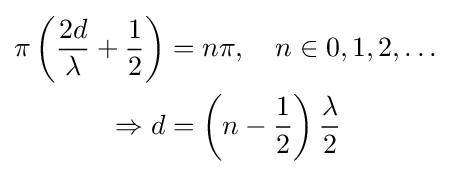
{\begin{aligned}\pi \left({2d \over \lambda }+{1 \over 2}\right)&=n\pi ,\quad n\in {0,1,2,\ldots }\\\Rightarrow d&=\left(n-{1 \over 2}\right){\lambda  \over 2}\end{aligned}}